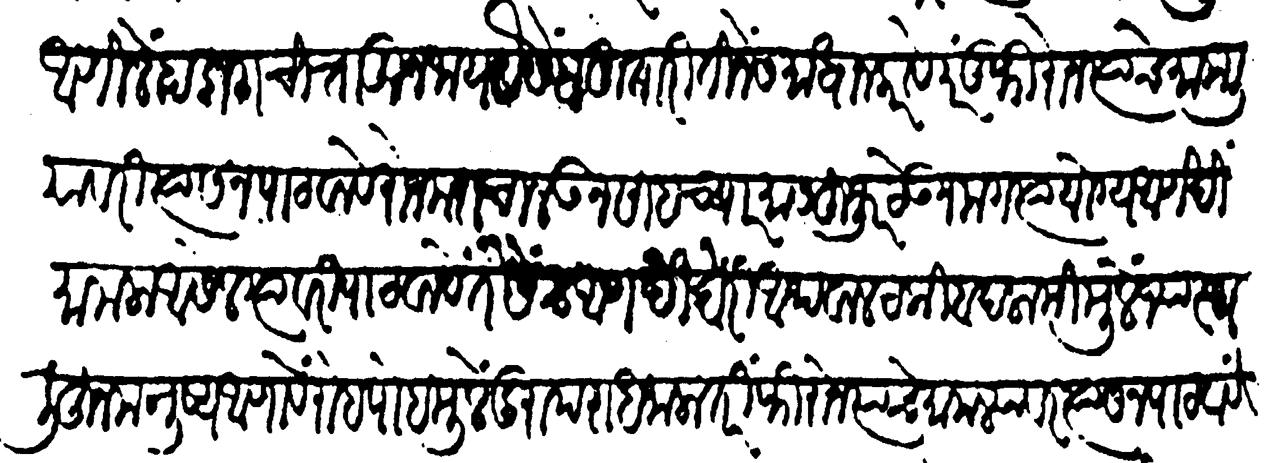
Transliteration (Devanagari): आणिले हा डाग चित्तांतून जाय यैसें बहुता रीतीने समाधान करावें परंतु फिरोन त्याचे मामली यावरी त्यास न पाठवावें रोजमरा चालऊन सहा च्यार मास हुजूर ठेऊन मग त्यायोग्य आणखी मामला आसेल त्यावरी पाठवावें तैसेंच आणखी खरी अथवा लटकी बदलामीमुळे ज्या स्थळींहून मनुष्य आणावें रोहपोहमुळे दुरापराध जाला तरी फिरोन त्याचे मामल्यावरी त्यास न पाठवावें